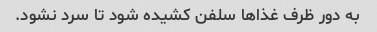
به دور ظرف غذا‌ها سلفن کشیده شود تا سرد نشود.